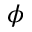
\phi